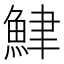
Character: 𫙟